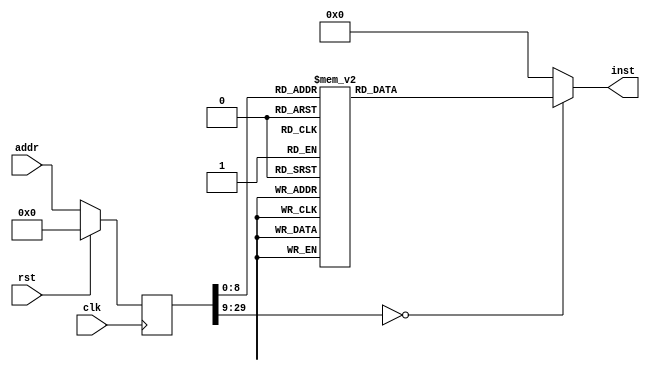
module app(input clk, input rst, input [29:0] addr, output reg [31:0] inst);
reg [29:0] addr_r;
always @(posedge clk)
begin
addr_r <= (rst) ? (30'b0) : (addr);
end
always @(*)
begin
case(addr_r)
30'h00000000: inst = 32'h3c1d1000;
30'h00000001: inst = 32'h0c001403;
30'h00000002: inst = 32'h37bd7000;
30'h00000003: inst = 32'h27bdffb8;
30'h00000004: inst = 32'hafbf0040;
30'h00000005: inst = 32'hafb00030;
30'h00000006: inst = 32'hafb10034;
30'h00000007: inst = 32'hafb20038;
30'h00000008: inst = 32'hafa00020;
30'h00000009: inst = 32'h3c081f00;
30'h0000000a: inst = 32'h350800b0;
30'h0000000b: inst = 32'h3c091f00;
30'h0000000c: inst = 32'h352900b4;
30'h0000000d: inst = 32'h3c0a1f00;
30'h0000000e: inst = 32'h354a00c4;
30'h0000000f: inst = 32'h3c0c1f00;
30'h00000010: inst = 32'h358c00d0;
30'h00000011: inst = 32'h3c0d1f00;
30'h00000012: inst = 32'h35ad00d4;
30'h00000013: inst = 32'h240e0001;
30'h00000014: inst = 32'h3c0b1f00;
30'h00000015: inst = 32'h356b00c8;
30'h00000016: inst = 32'h3c0f1f00;
30'h00000017: inst = 32'h35ef00bc;
30'h00000018: inst = 32'had000000;
30'h00000019: inst = 32'had200000;
30'h0000001a: inst = 32'had400000;
30'h0000001b: inst = 32'had6e0000;
30'h0000001c: inst = 32'had800000;
30'h0000001d: inst = 32'hada00000;
30'h0000001e: inst = 32'hade00000;
30'h0000001f: inst = 32'h3c0b1f00;
30'h00000020: inst = 32'h356b00c0;
30'h00000021: inst = 32'had600000;
30'h00000022: inst = 32'h40094800;
30'h00000023: inst = 32'h3c0102fa;
30'h00000024: inst = 32'h3421f080;
30'h00000025: inst = 32'h01214821;
30'h00000026: inst = 32'h40895800;
30'h00000027: inst = 32'h34088c01;
30'h00000028: inst = 32'h40886000;
30'h00000029: inst = 32'h3c021f00;
30'h0000002a: inst = 32'h344200c0;
30'h0000002b: inst = 32'h8c420000;
30'h0000002c: inst = 32'h00000000;
30'h0000002d: inst = 32'h24030072;
30'h0000002e: inst = 32'h14430021;
30'h0000002f: inst = 32'h00000000;
30'h00000030: inst = 32'h24100072;
30'h00000031: inst = 32'h00102021;
30'h00000032: inst = 32'h0c0014b1;
30'h00000033: inst = 32'h00000000;
30'h00000034: inst = 32'h2404000d;
30'h00000035: inst = 32'h0c0014b1;
30'h00000036: inst = 32'h00000000;
30'h00000037: inst = 32'h3c111f00;
30'h00000038: inst = 32'h2404000a;
30'h00000039: inst = 32'h363200bc;
30'h0000003a: inst = 32'h0c0014b1;
30'h0000003b: inst = 32'h00000000;
30'h0000003c: inst = 32'h8e420000;
30'h0000003d: inst = 32'h00000000;
30'h0000003e: inst = 32'h304200ff;
30'h0000003f: inst = 32'hafa20024;
30'h00000040: inst = 32'h0c00154b;
30'h00000041: inst = 32'h00000000;
30'h00000042: inst = 32'h8e420000;
30'h00000043: inst = 32'h00000000;
30'h00000044: inst = 32'h304200ff;
30'h00000045: inst = 32'hafa20028;
30'h00000046: inst = 32'h3c031000;
30'h00000047: inst = 32'h8fa40024;
30'h00000048: inst = 32'h00000000;
30'h00000049: inst = 32'h00441023;
30'h0000004a: inst = 32'h24635634;
30'h0000004b: inst = 32'hac620000;
30'h0000004c: inst = 32'h0c00154b;
30'h0000004d: inst = 32'h00000000;
30'h0000004e: inst = 32'h080014a9;
30'h0000004f: inst = 32'h00000000;
30'h00000050: inst = 32'h3c021f00;
30'h00000051: inst = 32'h344200c0;
30'h00000052: inst = 32'h8c420000;
30'h00000053: inst = 32'h00000000;
30'h00000054: inst = 32'h24030052;
30'h00000055: inst = 32'h14430015;
30'h00000056: inst = 32'h00000000;
30'h00000057: inst = 32'h24100052;
30'h00000058: inst = 32'h00102021;
30'h00000059: inst = 32'h0c0014b1;
30'h0000005a: inst = 32'h00000000;
30'h0000005b: inst = 32'h2404000d;
30'h0000005c: inst = 32'h0c0014b1;
30'h0000005d: inst = 32'h00000000;
30'h0000005e: inst = 32'h3c111f00;
30'h0000005f: inst = 32'h2404000a;
30'h00000060: inst = 32'h363200bc;
30'h00000061: inst = 32'h0c0014b1;
30'h00000062: inst = 32'h00000000;
30'h00000063: inst = 32'h8e420000;
30'h00000064: inst = 32'h00000000;
30'h00000065: inst = 32'h304200ff;
30'h00000066: inst = 32'hafa20024;
30'h00000067: inst = 32'h0c001555;
30'h00000068: inst = 32'h00000000;
30'h00000069: inst = 32'h0800149f;
30'h0000006a: inst = 32'h00000000;
30'h0000006b: inst = 32'h3c021f00;
30'h0000006c: inst = 32'h344200c0;
30'h0000006d: inst = 32'h8c420000;
30'h0000006e: inst = 32'h00000000;
30'h0000006f: inst = 32'h24030076;
30'h00000070: inst = 32'h14430015;
30'h00000071: inst = 32'h00000000;
30'h00000072: inst = 32'h24100076;
30'h00000073: inst = 32'h00102021;
30'h00000074: inst = 32'h0c0014b1;
30'h00000075: inst = 32'h00000000;
30'h00000076: inst = 32'h2404000d;
30'h00000077: inst = 32'h0c0014b1;
30'h00000078: inst = 32'h00000000;
30'h00000079: inst = 32'h3c111f00;
30'h0000007a: inst = 32'h2404000a;
30'h0000007b: inst = 32'h363200bc;
30'h0000007c: inst = 32'h0c0014b1;
30'h0000007d: inst = 32'h00000000;
30'h0000007e: inst = 32'h8e420000;
30'h0000007f: inst = 32'h00000000;
30'h00000080: inst = 32'h304200ff;
30'h00000081: inst = 32'hafa20024;
30'h00000082: inst = 32'h0c001568;
30'h00000083: inst = 32'h00000000;
30'h00000084: inst = 32'h0800149f;
30'h00000085: inst = 32'h00000000;
30'h00000086: inst = 32'h3c021f00;
30'h00000087: inst = 32'h344200c0;
30'h00000088: inst = 32'h8c420000;
30'h00000089: inst = 32'h00000000;
30'h0000008a: inst = 32'h24030056;
30'h0000008b: inst = 32'h14430022;
30'h0000008c: inst = 32'h00000000;
30'h0000008d: inst = 32'h24100056;
30'h0000008e: inst = 32'h00102021;
30'h0000008f: inst = 32'h0c0014b1;
30'h00000090: inst = 32'h00000000;
30'h00000091: inst = 32'h2404000d;
30'h00000092: inst = 32'h0c0014b1;
30'h00000093: inst = 32'h00000000;
30'h00000094: inst = 32'h3c111f00;
30'h00000095: inst = 32'h2404000a;
30'h00000096: inst = 32'h363200bc;
30'h00000097: inst = 32'h0c0014b1;
30'h00000098: inst = 32'h00000000;
30'h00000099: inst = 32'h8e420000;
30'h0000009a: inst = 32'h00000000;
30'h0000009b: inst = 32'h304200ff;
30'h0000009c: inst = 32'hafa20024;
30'h0000009d: inst = 32'h0c001578;
30'h0000009e: inst = 32'h00000000;
30'h0000009f: inst = 32'h8e420000;
30'h000000a0: inst = 32'h00000000;
30'h000000a1: inst = 32'h304200ff;
30'h000000a2: inst = 32'hafa20028;
30'h000000a3: inst = 32'h3c031000;
30'h000000a4: inst = 32'h8fa40024;
30'h000000a5: inst = 32'h00000000;
30'h000000a6: inst = 32'h00441023;
30'h000000a7: inst = 32'h24635634;
30'h000000a8: inst = 32'hac620000;
30'h000000a9: inst = 32'h363100c0;
30'h000000aa: inst = 32'h00102021;
30'h000000ab: inst = 32'h0c0014d1;
30'h000000ac: inst = 32'h00000000;
30'h000000ad: inst = 32'hae200000;
30'h000000ae: inst = 32'h018c6020;
30'h000000af: inst = 32'h08001429;
30'h000000b0: inst = 32'h00000000;
30'h000000b1: inst = 32'h27bdffe8;
30'h000000b2: inst = 32'ha3a40010;
30'h000000b3: inst = 32'h3c081f00;
30'h000000b4: inst = 32'h350800d0;
30'h000000b5: inst = 32'h8d090000;
30'h000000b6: inst = 32'h312900ff;
30'h000000b7: inst = 32'h00000000;
30'h000000b8: inst = 32'h3c081f00;
30'h000000b9: inst = 32'h350800d8;
30'h000000ba: inst = 32'h01284021;
30'h000000bb: inst = 32'ha1040000;
30'h000000bc: inst = 32'h00000000;
30'h000000bd: inst = 32'h3c081f00;
30'h000000be: inst = 32'h350800d0;
30'h000000bf: inst = 32'h8d090000;
30'h000000c0: inst = 32'h312900ff;
30'h000000c1: inst = 32'h00000000;
30'h000000c2: inst = 32'h25290001;
30'h000000c3: inst = 32'had090000;
30'h000000c4: inst = 32'h00000000;
30'h000000c5: inst = 32'h240800ff;
30'h000000c6: inst = 32'h0109482a;
30'h000000c7: inst = 32'h11200005;
30'h000000c8: inst = 32'h00000000;
30'h000000c9: inst = 32'h3c081f00;
30'h000000ca: inst = 32'h350800d0;
30'h000000cb: inst = 32'had000000;
30'h000000cc: inst = 32'h00000000;
30'h000000cd: inst = 32'h00000000;
30'h000000ce: inst = 32'h27bd0018;
30'h000000cf: inst = 32'h03e00008;
30'h000000d0: inst = 32'h00000000;
30'h000000d1: inst = 32'h27bdffb8;
30'h000000d2: inst = 32'hafbf0040;
30'h000000d3: inst = 32'hafb00030;
30'h000000d4: inst = 32'hafb10034;
30'h000000d5: inst = 32'hafb20038;
30'h000000d6: inst = 32'ha3a40020;
30'h000000d7: inst = 32'h240d0000;
30'h000000d8: inst = 32'h408d6000;
30'h000000d9: inst = 32'h00000000;
30'h000000da: inst = 32'h83a40020;
30'h000000db: inst = 32'h00000000;
30'h000000dc: inst = 32'h0c0014b1;
30'h000000dd: inst = 32'h00000000;
30'h000000de: inst = 32'h2404003a;
30'h000000df: inst = 32'h0c0014b1;
30'h000000e0: inst = 32'h00000000;
30'h000000e1: inst = 32'h3c021000;
30'h000000e2: inst = 32'h24100020;
30'h000000e3: inst = 32'h24515634;
30'h000000e4: inst = 32'h00102021;
30'h000000e5: inst = 32'h0c0014b1;
30'h000000e6: inst = 32'h00000000;
30'h000000e7: inst = 32'h8e240000;
30'h000000e8: inst = 32'h00000000;
30'h000000e9: inst = 32'h2412000a;
30'h000000ea: inst = 32'h00122821;
30'h000000eb: inst = 32'h0c001534;
30'h000000ec: inst = 32'h00000000;
30'h000000ed: inst = 32'h24420030;
30'h000000ee: inst = 32'ha3a20024;
30'h000000ef: inst = 32'h8e240000;
30'h000000f0: inst = 32'h00000000;
30'h000000f1: inst = 32'h00122821;
30'h000000f2: inst = 32'h0c001518;
30'h000000f3: inst = 32'h00000000;
30'h000000f4: inst = 32'h24420030;
30'h000000f5: inst = 32'ha3a20028;
30'h000000f6: inst = 32'h83a40028;
30'h000000f7: inst = 32'h00000000;
30'h000000f8: inst = 32'h0c0014b1;
30'h000000f9: inst = 32'h00000000;
30'h000000fa: inst = 32'h83a40024;
30'h000000fb: inst = 32'h00000000;
30'h000000fc: inst = 32'h0c0014b1;
30'h000000fd: inst = 32'h00000000;
30'h000000fe: inst = 32'h00102021;
30'h000000ff: inst = 32'h0c0014b1;
30'h00000100: inst = 32'h00000000;
30'h00000101: inst = 32'h24040073;
30'h00000102: inst = 32'h0c0014b1;
30'h00000103: inst = 32'h00000000;
30'h00000104: inst = 32'h2404000d;
30'h00000105: inst = 32'h0c0014b1;
30'h00000106: inst = 32'h00000000;
30'h00000107: inst = 32'h00122021;
30'h00000108: inst = 32'h0c0014b1;
30'h00000109: inst = 32'h00000000;
30'h0000010a: inst = 32'h340d8c01;
30'h0000010b: inst = 32'h408d6000;
30'h0000010c: inst = 32'h00000000;
30'h0000010d: inst = 32'h8fb20038;
30'h0000010e: inst = 32'h00000000;
30'h0000010f: inst = 32'h8fb10034;
30'h00000110: inst = 32'h00000000;
30'h00000111: inst = 32'h8fb00030;
30'h00000112: inst = 32'h00000000;
30'h00000113: inst = 32'h8fbf0040;
30'h00000114: inst = 32'h00000000;
30'h00000115: inst = 32'h27bd0048;
30'h00000116: inst = 32'h03e00008;
30'h00000117: inst = 32'h00000000;
30'h00000118: inst = 32'h27bdffe0;
30'h00000119: inst = 32'hafa40010;
30'h0000011a: inst = 32'hafa50014;
30'h0000011b: inst = 32'hafa00018;
30'h0000011c: inst = 32'h8fa20014;
30'h0000011d: inst = 32'h00000000;
30'h0000011e: inst = 32'h8fa30010;
30'h0000011f: inst = 32'h00000000;
30'h00000120: inst = 32'h0043102a;
30'h00000121: inst = 32'h1040000d;
30'h00000122: inst = 32'h00000000;
30'h00000123: inst = 32'h8fa20018;
30'h00000124: inst = 32'h00000000;
30'h00000125: inst = 32'h24420001;
30'h00000126: inst = 32'hafa20018;
30'h00000127: inst = 32'h8fa20010;
30'h00000128: inst = 32'h00000000;
30'h00000129: inst = 32'h8fa30014;
30'h0000012a: inst = 32'h00000000;
30'h0000012b: inst = 32'h00431023;
30'h0000012c: inst = 32'hafa20010;
30'h0000012d: inst = 32'h0800151c;
30'h0000012e: inst = 32'h00000000;
30'h0000012f: inst = 32'h8fa20018;
30'h00000130: inst = 32'h00000000;
30'h00000131: inst = 32'h27bd0020;
30'h00000132: inst = 32'h03e00008;
30'h00000133: inst = 32'h00000000;
30'h00000134: inst = 32'h27bdffe8;
30'h00000135: inst = 32'hafa40010;
30'h00000136: inst = 32'hafa50014;
30'h00000137: inst = 32'h8fa20010;
30'h00000138: inst = 32'h00000000;
30'h00000139: inst = 32'h8fa30014;
30'h0000013a: inst = 32'h00000000;
30'h0000013b: inst = 32'h0043102a;
30'h0000013c: inst = 32'h14400009;
30'h0000013d: inst = 32'h00000000;
30'h0000013e: inst = 32'h8fa20010;
30'h0000013f: inst = 32'h00000000;
30'h00000140: inst = 32'h8fa30014;
30'h00000141: inst = 32'h00000000;
30'h00000142: inst = 32'h00431023;
30'h00000143: inst = 32'hafa20010;
30'h00000144: inst = 32'h08001537;
30'h00000145: inst = 32'h00000000;
30'h00000146: inst = 32'h8fa20010;
30'h00000147: inst = 32'h00000000;
30'h00000148: inst = 32'h27bd0018;
30'h00000149: inst = 32'h03e00008;
30'h0000014a: inst = 32'h00000000;
30'h0000014b: inst = 32'h27bdfff0;
30'h0000014c: inst = 32'h00007820;
30'h0000014d: inst = 32'h3c1805f5;
30'h0000014e: inst = 32'h3718e100;
30'h0000014f: inst = 32'h25ef0001;
30'h00000150: inst = 32'h15f8fffe;
30'h00000151: inst = 32'h00000000;
30'h00000152: inst = 32'h27bd0010;
30'h00000153: inst = 32'h03e00008;
30'h00000154: inst = 32'h00000000;
30'h00000155: inst = 32'h27bdffe8;
30'h00000156: inst = 32'hafbf0014;
30'h00000157: inst = 32'h00007820;
30'h00000158: inst = 32'h3c1805f5;
30'h00000159: inst = 32'h3718e100;
30'h0000015a: inst = 32'h0c001563;
30'h0000015b: inst = 32'h00000000;
30'h0000015c: inst = 32'h15f8fffd;
30'h0000015d: inst = 32'h00000000;
30'h0000015e: inst = 32'h8fbf0014;
30'h0000015f: inst = 32'h00000000;
30'h00000160: inst = 32'h27bd0018;
30'h00000161: inst = 32'h03e00008;
30'h00000162: inst = 32'h00000000;
30'h00000163: inst = 32'h27bdfff0;
30'h00000164: inst = 32'h25ef0001;
30'h00000165: inst = 32'h27bd0010;
30'h00000166: inst = 32'h03e00008;
30'h00000167: inst = 32'h00000000;
30'h00000168: inst = 32'h27bdfff0;
30'h00000169: inst = 32'h00007820;
30'h0000016a: inst = 32'h3c1805f5;
30'h0000016b: inst = 32'h3718e100;
30'h0000016c: inst = 32'h3c0e1f00;
30'h0000016d: inst = 32'h35ce00ac;
30'h0000016e: inst = 32'hadc00000;
30'h0000016f: inst = 32'h8dcf0000;
30'h00000170: inst = 32'h00000000;
30'h00000171: inst = 32'h25ef0001;
30'h00000172: inst = 32'hadcf0000;
30'h00000173: inst = 32'h15f8fffb;
30'h00000174: inst = 32'h00000000;
30'h00000175: inst = 32'h27bd0010;
30'h00000176: inst = 32'h03e00008;
30'h00000177: inst = 32'h00000000;
30'h00000178: inst = 32'h27bdffe8;
30'h00000179: inst = 32'hafbf0014;
30'h0000017a: inst = 32'h3c1805f5;
30'h0000017b: inst = 32'h3718e100;
30'h0000017c: inst = 32'h3c0e1f00;
30'h0000017d: inst = 32'h35ce00ac;
30'h0000017e: inst = 32'hadc00000;
30'h0000017f: inst = 32'h00000000;
30'h00000180: inst = 32'h8dcf0000;
30'h00000181: inst = 32'h00000000;
30'h00000182: inst = 32'h0c001563;
30'h00000183: inst = 32'h00000000;
30'h00000184: inst = 32'hadcf0000;
30'h00000185: inst = 32'h00000000;
30'h00000186: inst = 32'h15f8fff9;
30'h00000187: inst = 32'h00000000;
30'h00000188: inst = 32'h8fbf0014;
30'h00000189: inst = 32'h00000000;
30'h0000018a: inst = 32'h27bd0018;
30'h0000018b: inst = 32'h03e00008;
30'h0000018c: inst = 32'h00000000;
default:      inst = 32'h00000000;
endcase
end
endmodule